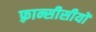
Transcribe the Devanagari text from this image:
फ़्रान्सीसीयों